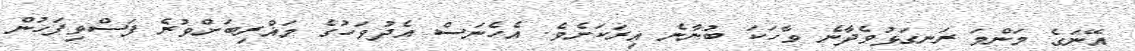
އޭނަގެ މަންމަ ރަނގަޅުވެދާނެ ވާހަކަ ބުނާނެ އިރަކަށެވެ. އެހެނަސް އެދުވަހުގެ މަޣްރިބަށްވުރެ ފަސްވިފަހުން